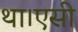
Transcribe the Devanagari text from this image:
था।एसी